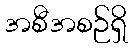
အစီအစဉ်ရှိ